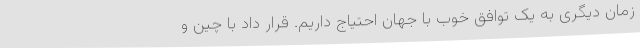
زمان دیگری به یک توافق خوب با جهان احتیاج داریم. قرار داد با چین و